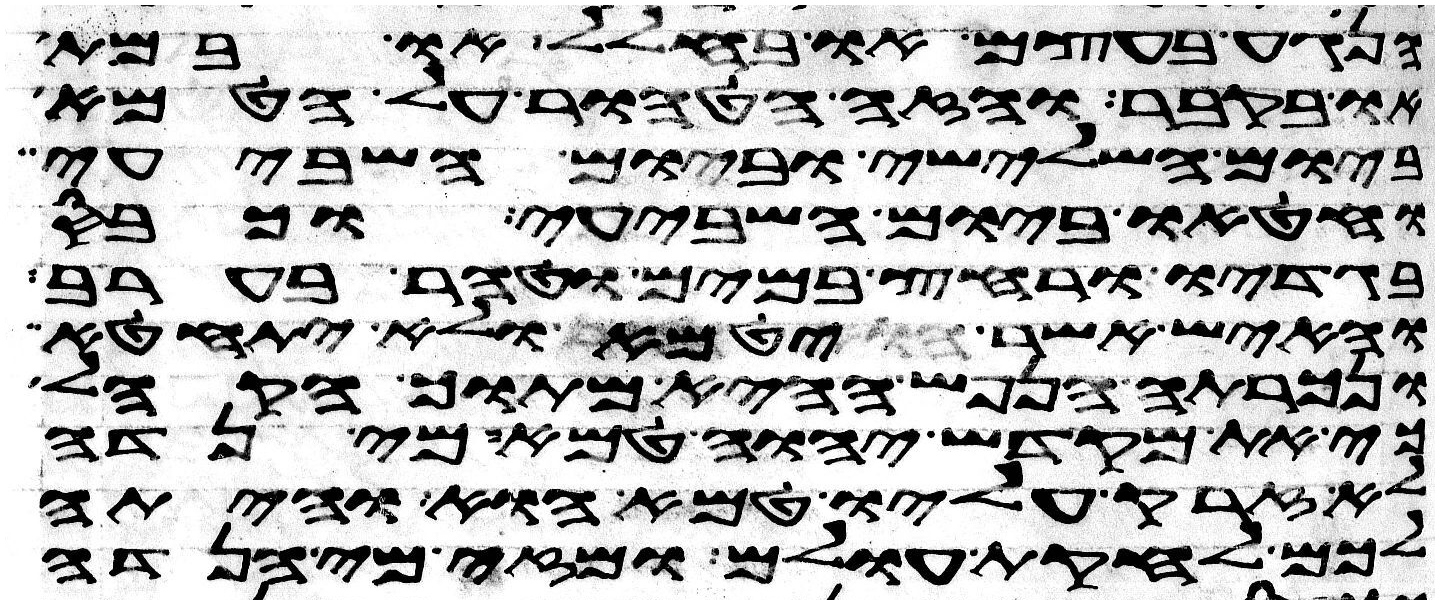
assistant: הנגע בעצם או בחלל או במת
או בקבר והזה הטהור על הטמא
ביום השלישי וביום השביעי
וחטאו ביום השביעי וכבס
בגדיו ורחץ במים וטהר בערב
והאיש אשר יטמא ולא יתחטא
ונכרתה הנפש ההיא מתוך הקהל
כי את מקדש יהוה טמא מי נדה
לא זרק עליו טמא הוא והיתה
לכם לחקות עולם ומזה מי הנדה